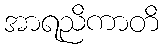
အာရညိကာတိ